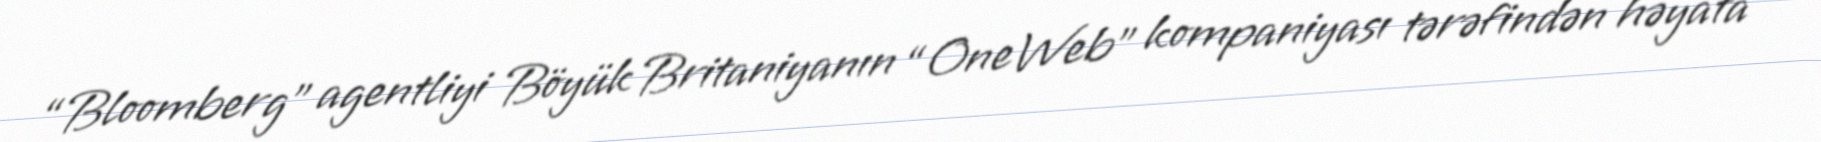
“Bloomberg” agentliyi Böyük Britaniyanın “OneWeb” kompaniyası tərəfindən həyata